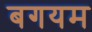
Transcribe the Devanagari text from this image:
बगयम